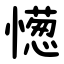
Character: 憽